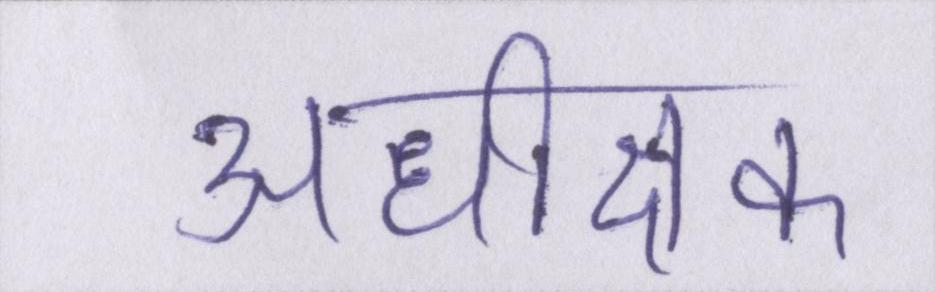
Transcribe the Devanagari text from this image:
अधीक्षक